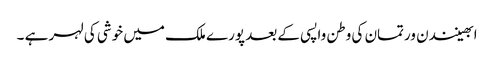
ابھینندن ورتمان کی وطن واپسی کے بعد پورے ملک میں خوشی کی لہر ہے ۔